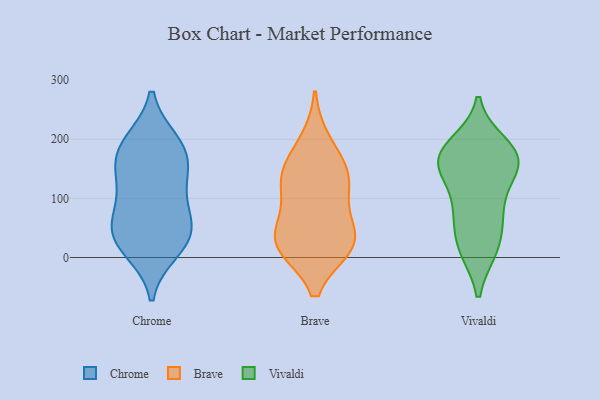
{"axis": {"x": "Inventory Turnover", "y": "Value"}, "legend": ["Brave", "Chrome", "Vivaldi"], "data": [{"x": "", "y": 86, "type": "Chrome"}, {"x": "", "y": 194, "type": "Chrome"}, {"x": "", "y": 14, "type": "Chrome"}, {"x": "", "y": 39, "type": "Chrome"}, {"x": "", "y": 52, "type": "Chrome"}, {"x": "", "y": 27, "type": "Chrome"}, {"x": "", "y": 145, "type": "Chrome"}, {"x": "", "y": 187, "type": "Chrome"}, {"x": "", "y": 47, "type": "Chrome"}, {"x": "", "y": 152, "type": "Chrome"}, {"x": "", "y": 182, "type": "Chrome"}, {"x": "", "y": 112, "type": "Chrome"}, {"x": "", "y": 20, "type": "Brave"}, {"x": "", "y": 20, "type": "Brave"}, {"x": "", "y": 133, "type": "Brave"}, {"x": "", "y": 23, "type": "Brave"}, {"x": "", "y": 75, "type": "Brave"}, {"x": "", "y": 196, "type": "Brave"}, {"x": "", "y": 19, "type": "Brave"}, {"x": "", "y": 151, "type": "Brave"}, {"x": "", "y": 43, "type": "Brave"}, {"x": "", "y": 119, "type": "Brave"}, {"x": "", "y": 140, "type": "Brave"}, {"x": "", "y": 65, "type": "Vivaldi"}, {"x": "", "y": 192, "type": "Vivaldi"}, {"x": "", "y": 164, "type": "Vivaldi"}, {"x": "", "y": 143, "type": "Vivaldi"}, {"x": "", "y": 177, "type": "Vivaldi"}, {"x": "", "y": 151, "type": "Vivaldi"}, {"x": "", "y": 13, "type": "Vivaldi"}, {"x": "", "y": 74, "type": "Vivaldi"}, {"x": "", "y": 188, "type": "Vivaldi"}, {"x": "", "y": 153, "type": "Vivaldi"}, {"x": "", "y": 68, "type": "Vivaldi"}, {"x": "", "y": 156, "type": "Vivaldi"}, {"x": "", "y": 102, "type": "Vivaldi"}, {"x": "", "y": 175, "type": "Vivaldi"}, {"x": "", "y": 13, "type": "Vivaldi"}, {"x": "", "y": 13, "type": "Vivaldi"}]}